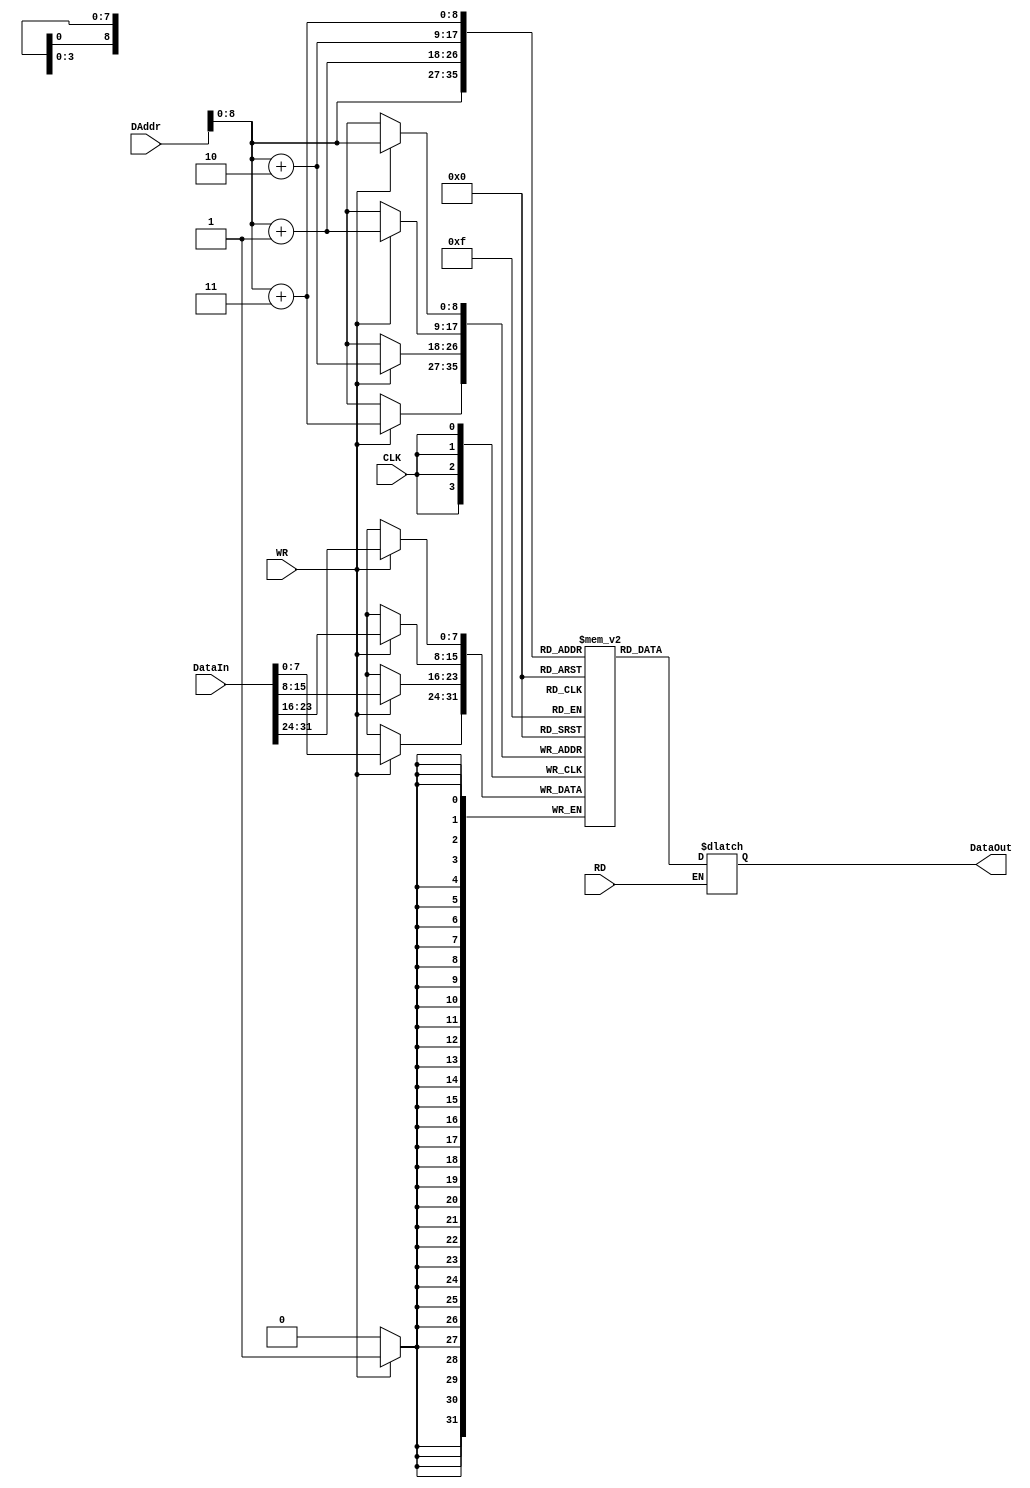
/* 

*/
`timescale 1ns / 1ns
module DataMem(
    input CLK,
    input RD,  //1
    input WR,  //1
    input[31:0] DAddr, // 
    input[31:0] DataIn, // 
    output reg[31:0] DataOut // 
);
    // 8512
    reg[7:0] data[0:511];
    //
    //<==
    always@(RD or DAddr)begin
        if(RD)begin
            DataOut[31:24]=data[DAddr]; 
            DataOut[23:16]=data[DAddr+1];
            DataOut[15:8]=data[DAddr+2];
            DataOut[7:0]=data[DAddr+3];
        end
    end
    //
    always@(negedge CLK)begin
        if(WR)begin
            data[DAddr]=DataIn[31:24];
            data[DAddr+1]=DataIn[23:16];
            data[DAddr+2]=DataIn[15:8];
            data[DAddr+3]=DataIn[7:0];
        end
    end
endmodule